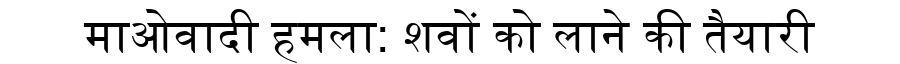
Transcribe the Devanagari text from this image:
माओवादी हमला: शवों को लाने की तैयारी